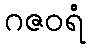
ဂဇဝရံ